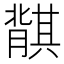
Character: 𬛛